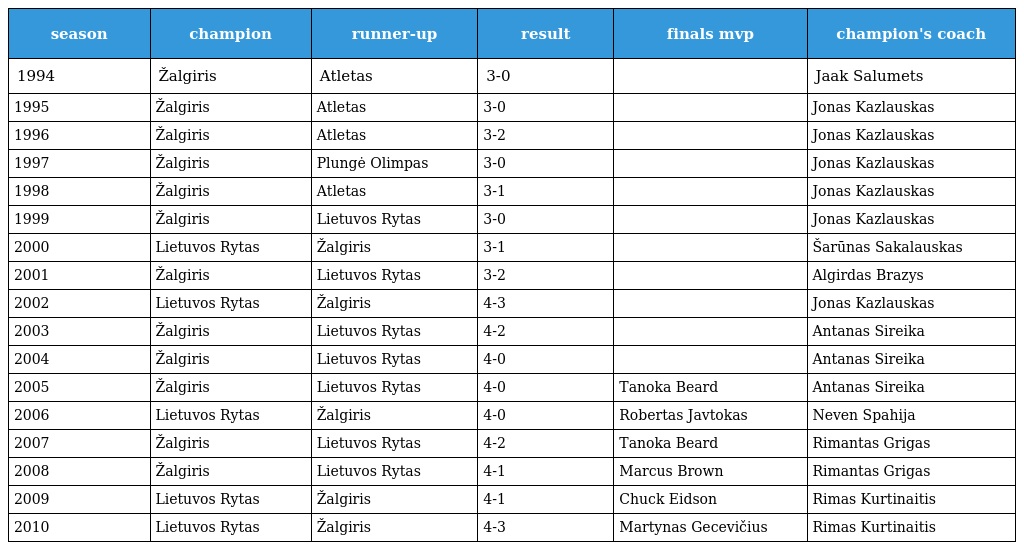
| season | champion | runner-up | result | finals mvp | champion's coach |
 | --- | --- | --- | --- | --- | --- |
 | 1994 | Žalgiris | Atletas | 3-0 |  | Jaak Salumets |
 | 1995 | Žalgiris | Atletas | 3-0 |  | Jonas Kazlauskas |
 | 1996 | Žalgiris | Atletas | 3-2 |  | Jonas Kazlauskas |
 | 1997 | Žalgiris | Plungė Olimpas | 3-0 |  | Jonas Kazlauskas |
 | 1998 | Žalgiris | Atletas | 3-1 |  | Jonas Kazlauskas |
 | 1999 | Žalgiris | Lietuvos Rytas | 3-0 |  | Jonas Kazlauskas |
 | 2000 | Lietuvos Rytas | Žalgiris | 3-1 |  | Šarūnas Sakalauskas |
 | 2001 | Žalgiris | Lietuvos Rytas | 3-2 |  | Algirdas Brazys |
 | 2002 | Lietuvos Rytas | Žalgiris | 4-3 |  | Jonas Kazlauskas |
 | 2003 | Žalgiris | Lietuvos Rytas | 4-2 |  | Antanas Sireika |
 | 2004 | Žalgiris | Lietuvos Rytas | 4-0 |  | Antanas Sireika |
 | 2005 | Žalgiris | Lietuvos Rytas | 4-0 | Tanoka Beard | Antanas Sireika |
 | 2006 | Lietuvos Rytas | Žalgiris | 4-0 | Robertas Javtokas | Neven Spahija |
 | 2007 | Žalgiris | Lietuvos Rytas | 4-2 | Tanoka Beard | Rimantas Grigas |
 | 2008 | Žalgiris | Lietuvos Rytas | 4-1 | Marcus Brown | Rimantas Grigas |
 | 2009 | Lietuvos Rytas | Žalgiris | 4-1 | Chuck Eidson | Rimas Kurtinaitis |
 | 2010 | Lietuvos Rytas | Žalgiris | 4-3 | Martynas Gecevičius | Rimas Kurtinaitis |